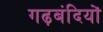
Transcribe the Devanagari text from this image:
गढ़बंदियों